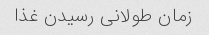
زمان طولانی رسیدن غذا